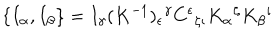
LaTeX: \{ I _ { \alpha } , I _ { \beta } \} = I _ { \gamma } ( K ^ { - 1 } ) _ { \epsilon } \hspace { 0 . 1 m m } ^ { \gamma } C ^ { \epsilon } \hspace { 0 . 1 m m } _ { \zeta \iota } K _ { \alpha } \hspace { 0 . 1 m m } ^ { \zeta } K _ { \beta } \hspace { 0 . 1 m m } ^ { \iota }